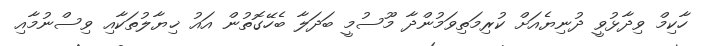
ހާކިމް ވިދާޅުވީ ދުނިޔެއަށް ކުރިމަތިވަމުންދާ މޫސުމީ ބަދަލާ ބެހޭގޮތުން އައު ޚިޔާލުތަކާއި ވިސްނުމާއި